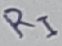
Text: RI